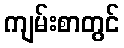
ကျမ်းစာတွင်